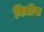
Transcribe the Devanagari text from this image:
विधीस